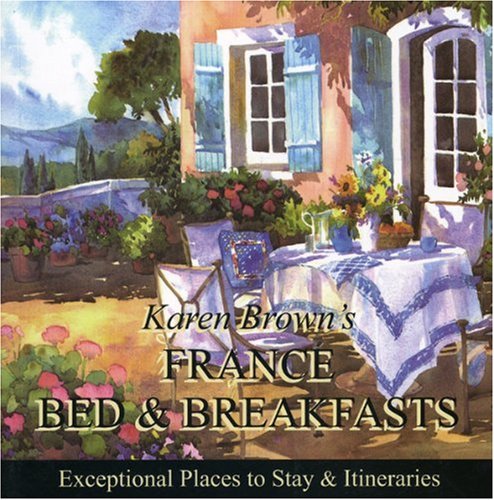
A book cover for Karen Brown's France B & B 2010: Bed & Breakfasts and Itineraries 2009 (Karen Brown's France Bed & Breakfast: Exceptional Places to Stay & Itineraries); Karen Brown; Travel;